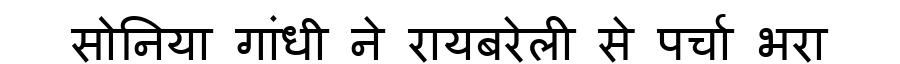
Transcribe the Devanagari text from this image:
सोनिया गांधी ने रायबरेली से पर्चा भरा